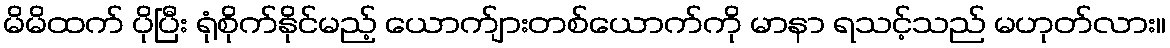
မိမိထက် ပိုပြီး ရုံစိုက်နိုင်မည့် ယောက်ျားတစ်ယောက်ကို မာနာ ရသင့်သည် မဟုတ်လား။